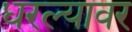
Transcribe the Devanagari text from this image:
धरल्यावर